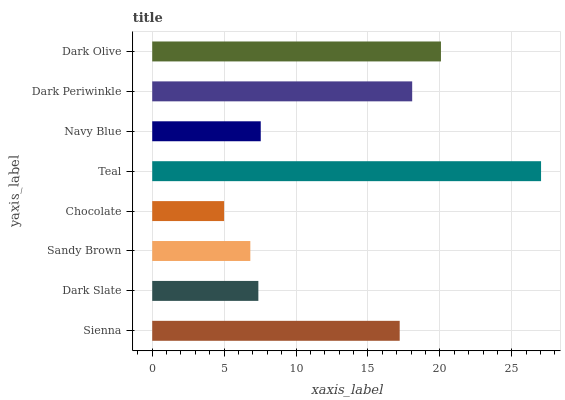
| yaxis_label | bars |
 | --- | --- |
 | Sienna | 17.2 |
 | Dark Slate | 7.38 |
 | Sandy Brown | 6.82 |
 | Chocolate | 5 |
 | Teal | 27 |
 | Navy Blue | 7.54 |
 | Dark Periwinkle | 18.1 |
 | Dark Olive | 20.1 |